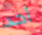
أحد